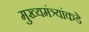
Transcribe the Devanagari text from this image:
मुख्यमंत्र्यांकडे